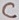
Text: C